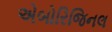
એબોરિજિનલ